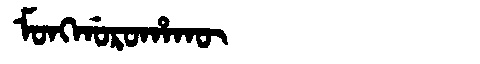
Manchu: ᠮᠣᠩᡤᠣᡵᠣᡥᠠᡴᡡ
Romanization: MONGGOROHAKŪ